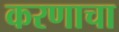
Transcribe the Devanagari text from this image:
करणाचा